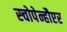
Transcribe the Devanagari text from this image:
स्चोपेन्हौएर